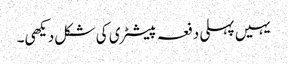
یہیں پہلی دفعہ پیسٹری کی شکل دیکھی۔